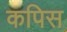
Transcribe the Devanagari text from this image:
कपिस